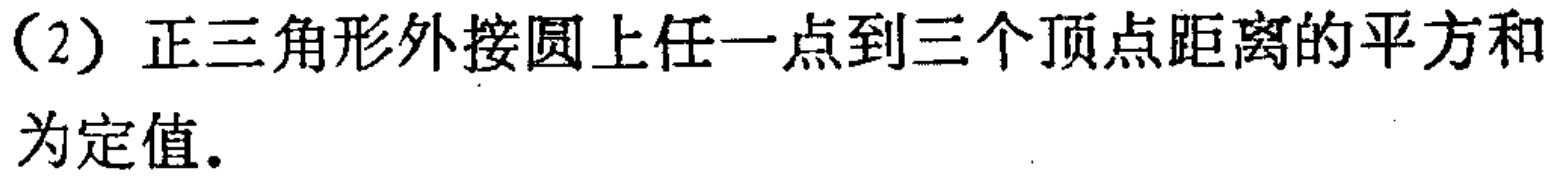
(2) 正三角形外接圆上任一点到三个顶点距离的平方和为定值.